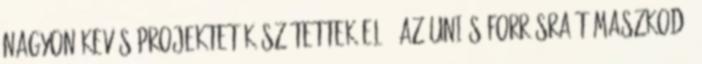
nagyon kevés projektet készítettek elő. Az uniós forrásra támaszkodó